Report of the Indian Hemp Drugs Commission, 1894-1895 - Volume IV
Year: 1894
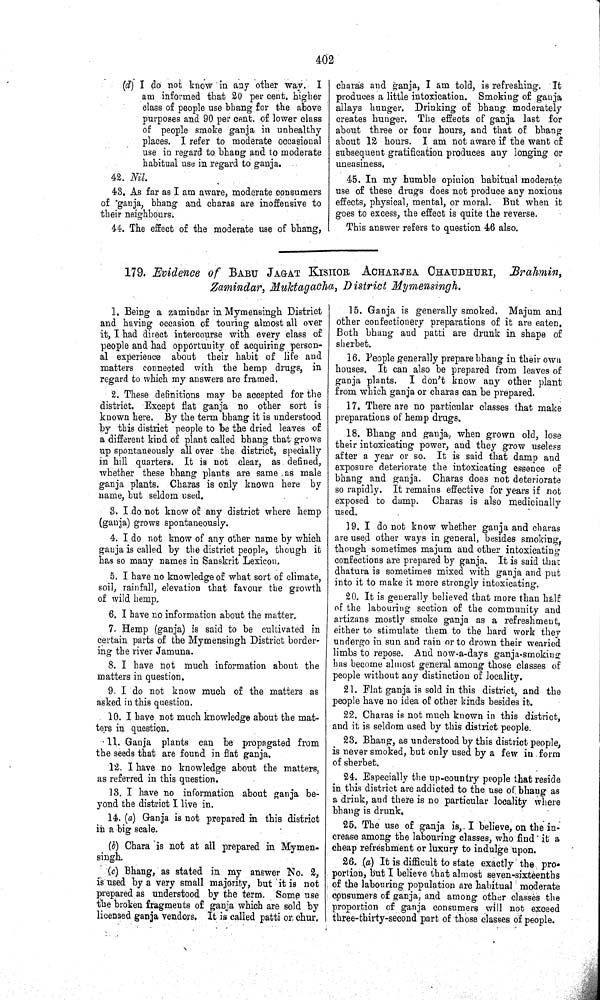
402
(d) I do not know in any other way. I
am informed that 20 per cent. higher
class of people use bhang for the above
purposes and 90 per cent. of lower class
of people smoke ganja in unhealthy
places. I refer to moderate occasional
use in regard to bhang and to moderate
habitual use in regard to ganja.
42. Nil.
43. As far as I am aware, moderate consumers
of ganja, bhang and charas are inoffensive to
their neighbours.
44. The effect of the moderate use of bhang,
charas and ganja, I am told, is refreshing. It
produces a little intoxication. Smoking of ganja
allays hunger. Drinking of bhang moderately
creates hunger. The effects of ganja last for
about three or four hours, and that of bhang
about 12 hours. I am not aware if the want of
subsequent gratification produces any longing or
uneasiness.
45. In my humble opinion habitual moderate
use of these drugs does not produce any noxious
effects, physical, mental, or moral. But when it
goes to excess, the effect is quite the reverse.
This answer refers to question 46 also.
179. Evidence of BABU JAGAT KISHOR ACHARJEA CHAUDHURI, Brahmin,
Zamindar, Muktagacha, District
Mymensingh.
1. Being a zamindar in Mymensingh District
and having occasion of touring almost all over
it, I had direct intercourse with every class of
people and had opportunity of acquiring person-
al experience about their habit of life and
matters connected with the hemp drugs, in
regard to which my answers are framed.
2. These definitions may be accepted for the
district. Except flat ganja no other sort is
known here. By the term bhang it is understood
by this district people to be the dried leaves of
a different kind of plant called bhang that grows
up spontaneously all over the district, specially
in hill quarters. It is not clear, as defined,
whether these bhang plants are same as male
ganja plants. Charas is only known here by
name, but seldom used.
3. I do not know of any district where hemp
(ganja) grows spontaneously.
4. I do not know of any other name by which
ganja is called by the district people, though it
has so many names in Sanskrit Lexicon.
5. I have no knowledge of what sort of climate,
soil, rainfall, elevation that favour the growth
of wild hemp.
6. I have no information about the matter.
7. Hemp (ganja) is said to be cultivated in
certain parts of the Mymensingh District border-
ing the river Jamuna.
8. I have not much information about the
matters in question.
9. I do not know much of the matters as
asked in this question.
10. I have, not much knowledge about the mat-
ters in question.
11. Ganja plants can be propagated from
the seeds that are found in flat ganja.
12. I have no knowledge about the matters,
as referred in this question.
13. I have no information about ganja be-
yond the district I live in.
14. (a) Ganja is not prepared in this district
in a big scale.
(b) Chara is not at all prepared in Mymen-
singh.
(c) Bhang, as stated in my answer No. 2,
is used by a very small majority, but it is not
prepared as understood by the term. Some use
the broken fragments of ganja which are sold by
licensed ganja vendors. It is called patti or chur.
15. Ganja is generally smoked. Majum and
other confectionery preparations of it are eaten,
Both bhang and patti are drunk in shape of
sherbet.
16. People generally prepare bhang in their own
houses. It can also be prepared from leaves of
ganja plants. I don't know any other plant
from which ganja or charas can be prepared.
17. There are no particular classes that make
preparations of hemp drugs.
18. Bhang and ganja, when grown old, lose
their intoxicating power, and they grow useless
after a year or so. It is said that damp and
exposure deteriorate the intoxicating essence of
bhang and ganja. Charas does not deteriorate
so rapidly. It remains effective for years if not
exposed to damp. Charas is also medicinally
used.
19. I do not know whether ganja and charas
are used other ways in general, besides smoking,
though sometimes majum and other intoxicating
confections are prepared by ganja. It is said that
dhatura is sometimes mixed with ganja and put
into it to make it more strongly intoxicating.
20. It is generally believed that more than half
of the labouring section of the community and
artizans mostly smoke ganja as a refreshment,
either to stimulate them to the hard work they
undergo in sun and rain or to drown their wearied
limbs to repose. And now-a-days ganja-smoking
has become almost general among those classes of
people without any distinction of locality.
21. Flat ganja is sold in this district, and the
people have no idea of other kinds besides it.
22. Charas is not much known in this district,
and it is seldom used by this district people.
23. Bhang, as understood by this district people,
is never smoked, but only used by a few in form
of sherbet.
24. Especially the up-country people that reside
in this district are addicted to the use of bhang as
a drink, and there is no particular locality where
bhang is drunk.
25. The use of ganja is, I believe, on the in-
crease among the labouring classes, who find it a
cheap refreshment or luxury to indulge upon.
26. (a) It is difficult to state exactly the pro-
portion, but I believe that almost seven-sixteenths
of the labouring population are habitual moderate
consumers of ganja, and among other classes the
proportion of ganja consumers will not exceed
three-thirty-second part of those classes of people.